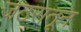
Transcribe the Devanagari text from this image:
जठरातून